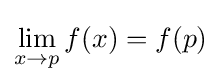
\lim _{x\to p}{f(x)}=f(p)